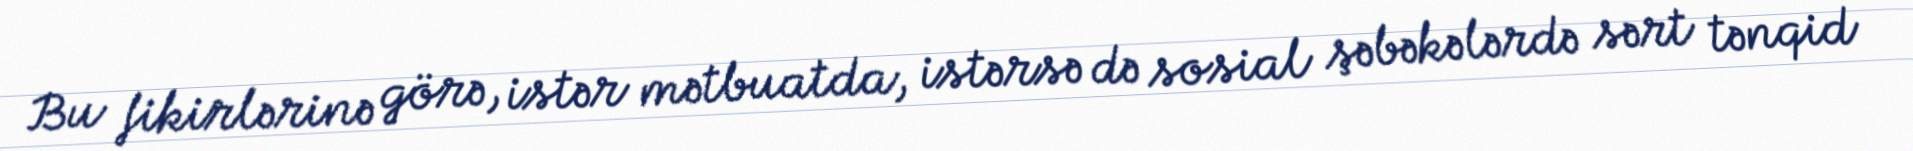
Bu fikirlərinə görə, istər mətbuatda, istərsə də sosial şəbəkələrdə sərt tənqid